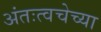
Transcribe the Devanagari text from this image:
अंतःत्वचेच्या